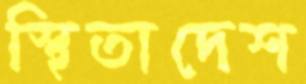
স্থিতাদেশ